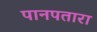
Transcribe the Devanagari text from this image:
पानपतारा